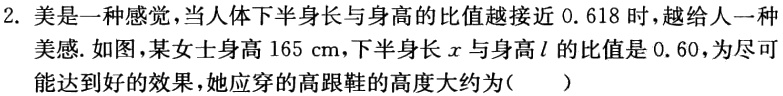
2. 美是一种感觉，当人体下半身长与身高的比值越接近 0.618 时，越给人一种美感. 如图，某女士身高 165 cm，下半身长\(x\)与身高\(l\)的比值是 0.60，为尽可能达到好的效果，她应穿的高跟鞋的高度大约为（  ）